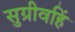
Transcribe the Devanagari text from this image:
सुग्रीवहिं